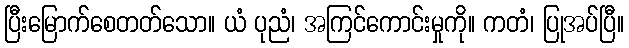
ပြီးမြောက်စေတတ်သော။ ယံ ပုညံ၊ အကြင်ကောင်းမှုကို။ ကတံ၊ ပြုအပ်ပြီ။